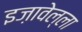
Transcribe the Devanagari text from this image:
इज़ावेल्ला